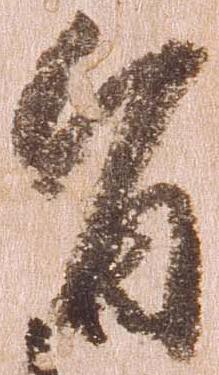
旨